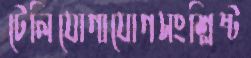
টেলিযোগাযোগসংশ্লিষ্ট